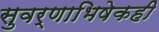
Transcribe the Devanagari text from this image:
सुवर्णाभिषेकही